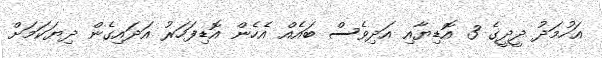
އަހުމަދު ދީދީގެ 3 އޮޑިޔާއި އަދިވެސް ބައެއް އެހެން އޮޑިފަހަރު އަދައިގެން ދިޔަކަމަށް